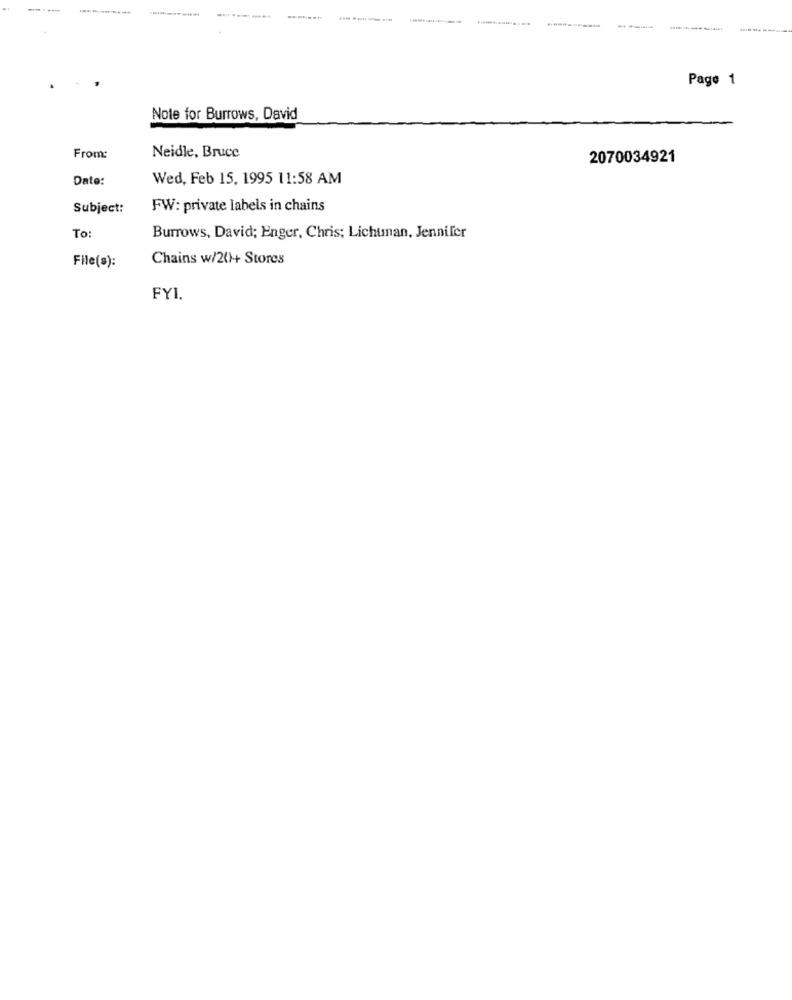
Page 1
Note for Burrows, David
From:
Neidle, Bruce
2070034921
Date:
Wed, Feb 15, 1995 11:58 AM
Subject:
FW: private labels in chains
To:
Burrows, David; Enger, Chris; Lichtman, Jennifer
Chains w/2(1+ Stores
File(a):
FYI.